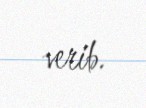
verib.